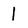
Character: I